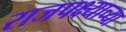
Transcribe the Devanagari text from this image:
राजपक्ष्याच्या